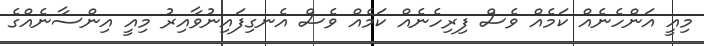
މިއީ އަންހެނެއް ކަމެއް ވެސް ފިރިހެނެއް ކަމެއް ވެސް އެނގިފައިނުވާއިރު މިއީ އިންސާނެއްގެ